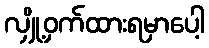
လျှို့ဝှက်ထားရမှာပေါ့